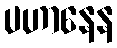
ပဟာနေန